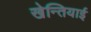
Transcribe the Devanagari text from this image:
खेन्तियाई